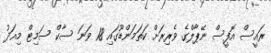
ރައީސް އޮފީސް ނޭޕާލްގެ ވެރިރަށް ކަތަމަންޑޫގައި 18 ވަނަ ސާކް ސަމިޓް މިއަދު